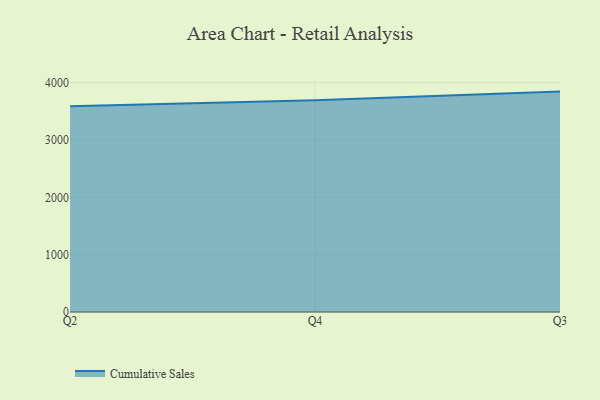
{"axis": {"x": "Quarter", "y": "Temperature (°C)"}, "legend": ["Cumulative Sales"], "data": [{"x": "Q2", "y": 3589.3, "type": "Cumulative Sales"}, {"x": "Q4", "y": 3691.8, "type": "Cumulative Sales"}, {"x": "Q3", "y": 3843.9, "type": "Cumulative Sales"}]}